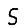
Digit: 5